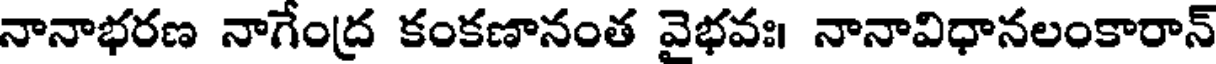
నానాభరణ నాగేంద్ర కంకణానంత వైభవః। నానావిధానలంకారాన్